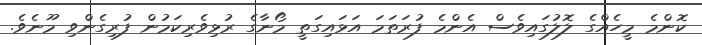
ކޮންމެ މީހެއްގެ ލޮލުގައިވެސް އެންމެ ފުރަތަމަ އަޅައިގަތީ މޯނާގެ ރުޅިވެރިކަމުން ފުރިގެންވި މޫނެވެ.